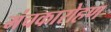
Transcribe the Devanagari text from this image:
मंचकारोहण